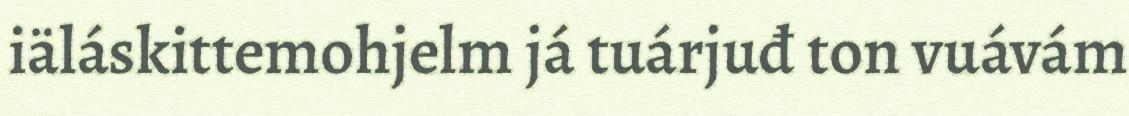
iäláskittemohjelm já tuárjuđ ton vuávám